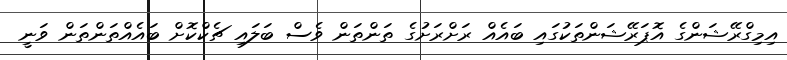
އިމިގްރޭޝަންގެ އޮޕަރޭޝަންތަކުގައި ބައެއް ރަށްރަށުގެ ތަންތަން ވެސް ބަލައި ޗެކްކޮށް ބައެއްތަންތަން ވަނީ